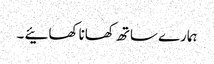
ہمارے ساتھ کھانا کھائیے ۔